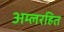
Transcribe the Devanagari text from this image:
अम्लरहित